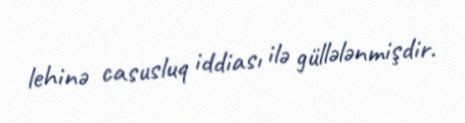
lehinə casusluq iddiası ilə güllələnmişdir.